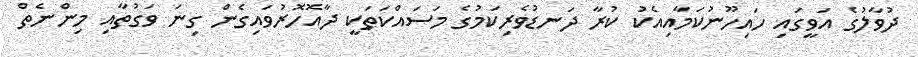
ދުވާލުގެ އަވީގައި ހައިހޫނުކަމާއިއެކު ކުރާ ދަނޑުވެރިކަމުގެ މަސައްކަތަކީ ދާއޮހޮރުވައިގެން ގިނަ ވަގުތާއި މިންނެތް